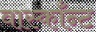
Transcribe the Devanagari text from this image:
वास्काँन्ट